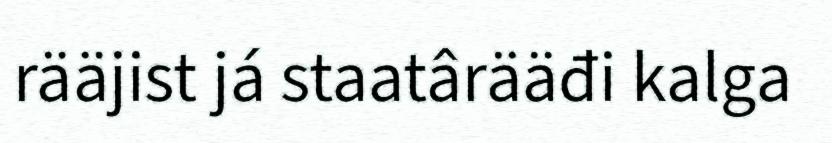
rääjist já staatârääđi kalga